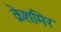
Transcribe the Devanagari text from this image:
क्रेशमिर